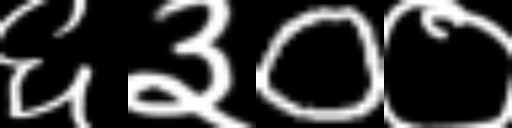
Text: ६३0०